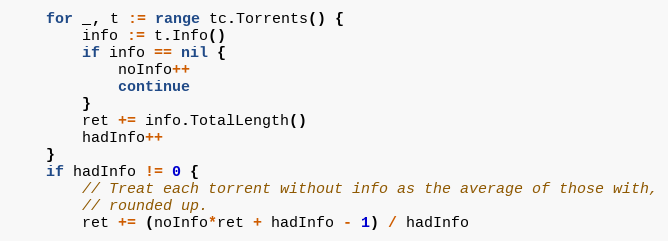
Language: Go
	for _, t := range tc.Torrents() {
		info := t.Info()
		if info == nil {
			noInfo++
			continue
		}
		ret += info.TotalLength()
		hadInfo++
	}
	if hadInfo != 0 {
		// Treat each torrent without info as the average of those with,
		// rounded up.
		ret += (noInfo*ret + hadInfo - 1) / hadInfo